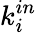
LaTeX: k_{i}^{in}